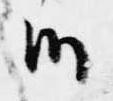
候